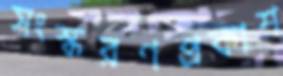
সংস্করণপ্রকাশ